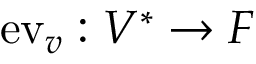
\mathrm { e v } _ { v } : V ^ { * } \to F